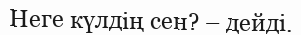
Неге күлдің сен? – дейді.